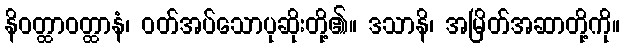
နိဝတ္ထာဝတ္ထာနံ၊ ဝတ်အပ်သောပုဆိုးတို့၏။ ဒသာနိ၊ အမြိတ်အဆာတို့ကို။